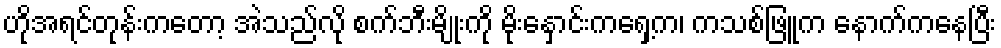
ဟိုအရင်တုန်းကတော့ အဲသည်လို စက်ဘီးမျိုးကို မိုးနှောင်းကရှေ့က၊ ကသစ်ဖြူက နောက်ကနေပြီး